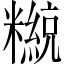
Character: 𥽄